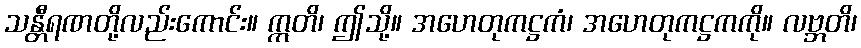
သန္တီရဏတို့လည်းကောင်း။ ဣတိ၊ ဤသို့။ အဟေတုကဋ္ဌကံ၊ အဟေတုကဋ္ဌကကို။ လဗ္ဘတိ၊